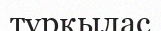
тұрқылас